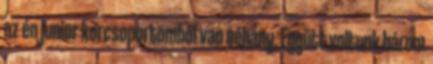
az én junior korcsoportomból van néhány. Együtt voltunk három